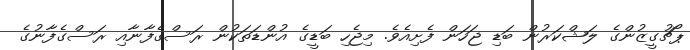
ޕޯޗުގީޒުންގެ ލަޝްކަރުން ބަޑި ޖަހަން ފެށިއެވެ. މިޖެހި ބަޑީގެ އުންޑަތަކުން ރަސްގެފާނާއި ރަސްގެފާނުގެ